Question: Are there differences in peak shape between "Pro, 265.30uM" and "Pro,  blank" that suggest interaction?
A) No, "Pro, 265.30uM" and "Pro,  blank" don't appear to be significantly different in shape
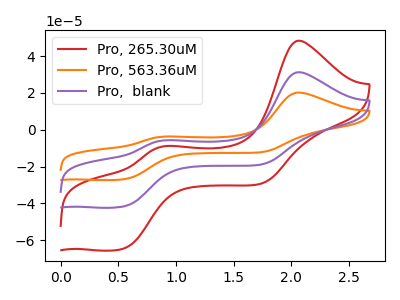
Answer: <think>The red curve "Pro, 265.30uM" has anodic peaks at (2.05V, 48.35uA) (0.90V, -8.90uA) and cathodic peaks at (0.55V, -64.45uA) (1.75V, -29.15uA). The orange curve "Pro, 563.36uM" has anodic peaks at (2.05V, 62.45uA) (0.90V, -11.50uA) and cathodic peaks at (0.55V, -83.20uA) (1.75V, -37.65uA). The purple curve "Pro,  blank" has anodic peaks at (2.05V, 31.20uA) (0.90V, -5.75uA) and cathodic peaks at (0.55V, -41.60uA) (1.75V, -18.80uA).
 All the peaks in "Pro, 265.30uM" have a peak in "Pro,  blank" at the same potential.</think>
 <answer>A) No, "Pro, 265.30uM" and "Pro,  blank" don't appear to be significantly different in shape</answer>
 <eval>A</eval>